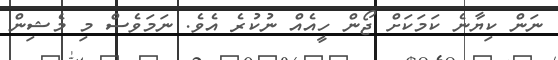
ނަން ކިޔާނެ ކަމަކަށް ޖޯން ހީއެއް ނުކުރެ އެވެ. ނަމަވެސް މި މެޝިން